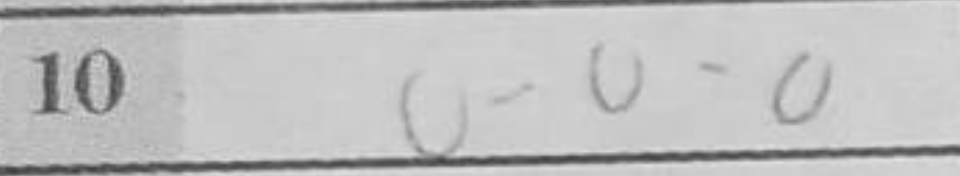
Transcription: O-O-O